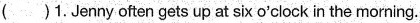
( )1. Jenny often gets up at six o'clock in the morning.